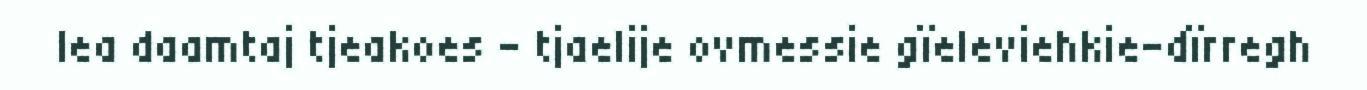
lea daamtaj tjeakoes – tjaelije ovmessie gïeleviehkie-dïrregh